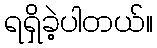
ရရှိခဲ့ပါတယ်။